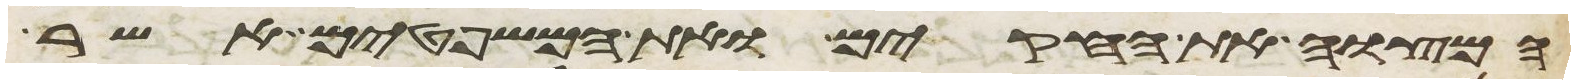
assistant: המצוה את החקים ואת המשפטים אשר